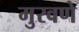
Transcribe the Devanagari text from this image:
मुरवणे